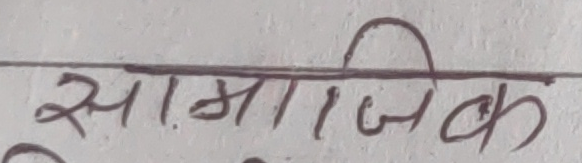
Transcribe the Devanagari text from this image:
सामाजिक